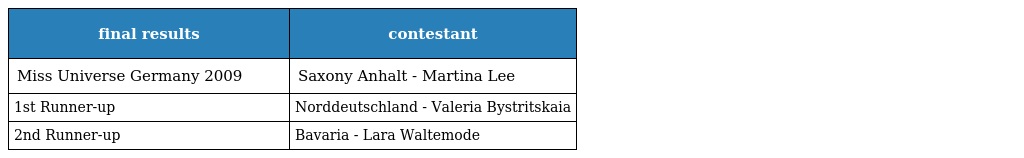
| final results | contestant |
 | --- | --- |
 | Miss Universe Germany 2009 | Saxony Anhalt - Martina Lee |
 | 1st Runner-up | Norddeutschland - Valeria Bystritskaia |
 | 2nd Runner-up | Bavaria - Lara Waltemode |